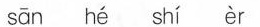
sān hé shí èr